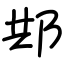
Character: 䢼